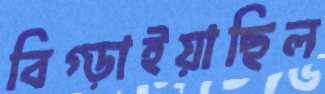
বিগ্‌ড়াইয়াছিল